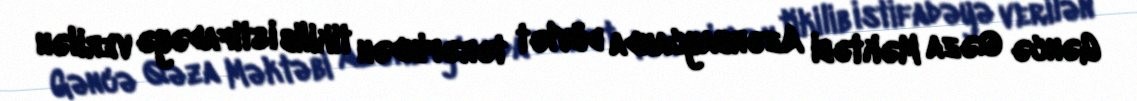
Gəncə Qəza Məktəbi Azərbaycanda dövlət tərəfindən tikilib istifadəyə verilən